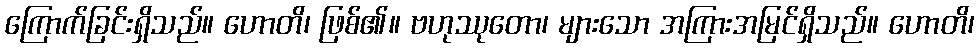
ကြောက်ခြင်းရှိသည်။ ဟောတိ၊ ဖြစ်၏။ ဗဟုဿုတော၊ များသော အကြားအမြင်ရှိသည်။ ဟောတိ၊